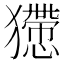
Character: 𤢻